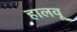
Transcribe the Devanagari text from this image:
हालवू